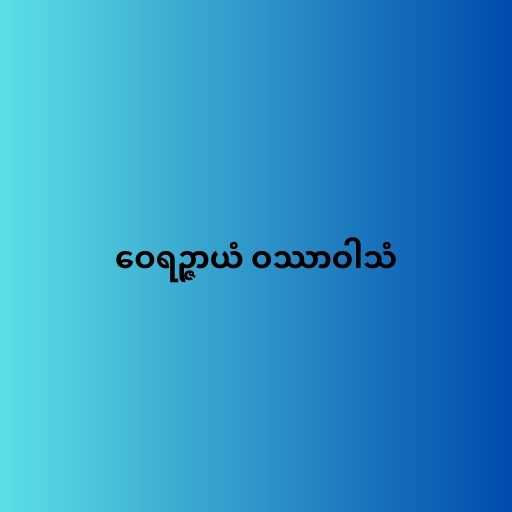
ဝေရဉ္ဇာယံ ဝဿာဝါသံ